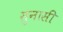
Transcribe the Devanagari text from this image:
सुनासी